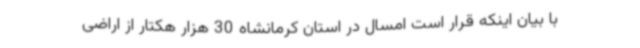
با بیان اینکه قرار است امسال در استان کرمانشاه 30 هزار هکتار از اراضی